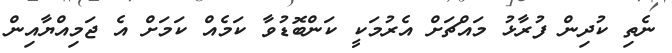
ނެތި ކުދިން ފުރާޅު މައްޗަށް އެރުމަކީ ކަންބޮޑުވާ ކަމެއް ކަމަށް އެ ޖަމިއްޔާއިން